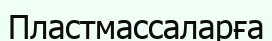
Пластмассаларға